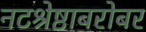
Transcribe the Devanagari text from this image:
नटश्रेष्ठाबरोबर